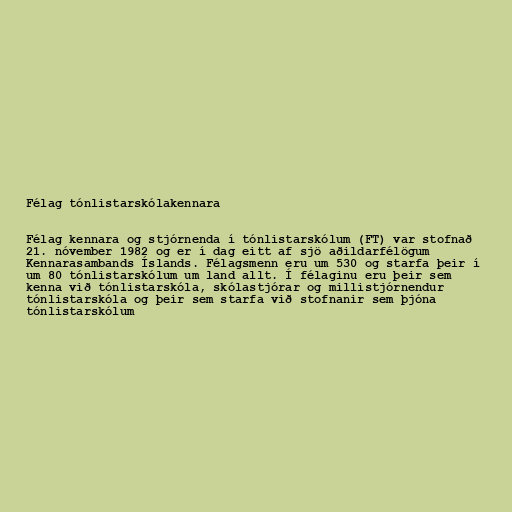
Félag tónlistarskólakennara

Félag kennara og stjórnenda í tónlistarskólum (FT) var stofnað
21. nóvember 1982 og er í dag eitt af sjö aðildarfélögum
Kennarasambands Íslands. Félagsmenn eru um 530 og starfa þeir í
um 80 tónlistarskólum um land allt. Í félaginu eru þeir sem
kenna við tónlistarskóla, skólastjórar og millistjórnendur
tónlistarskóla og þeir sem starfa við stofnanir sem þjóna
tónlistarskólum